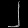
Digit: ၂